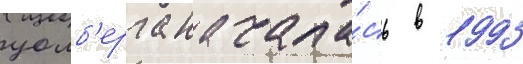
уолб'ерга начала́сь в 1993